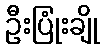
ဦးပြုံးချို